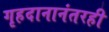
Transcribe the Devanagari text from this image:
गृहदानानंतरही